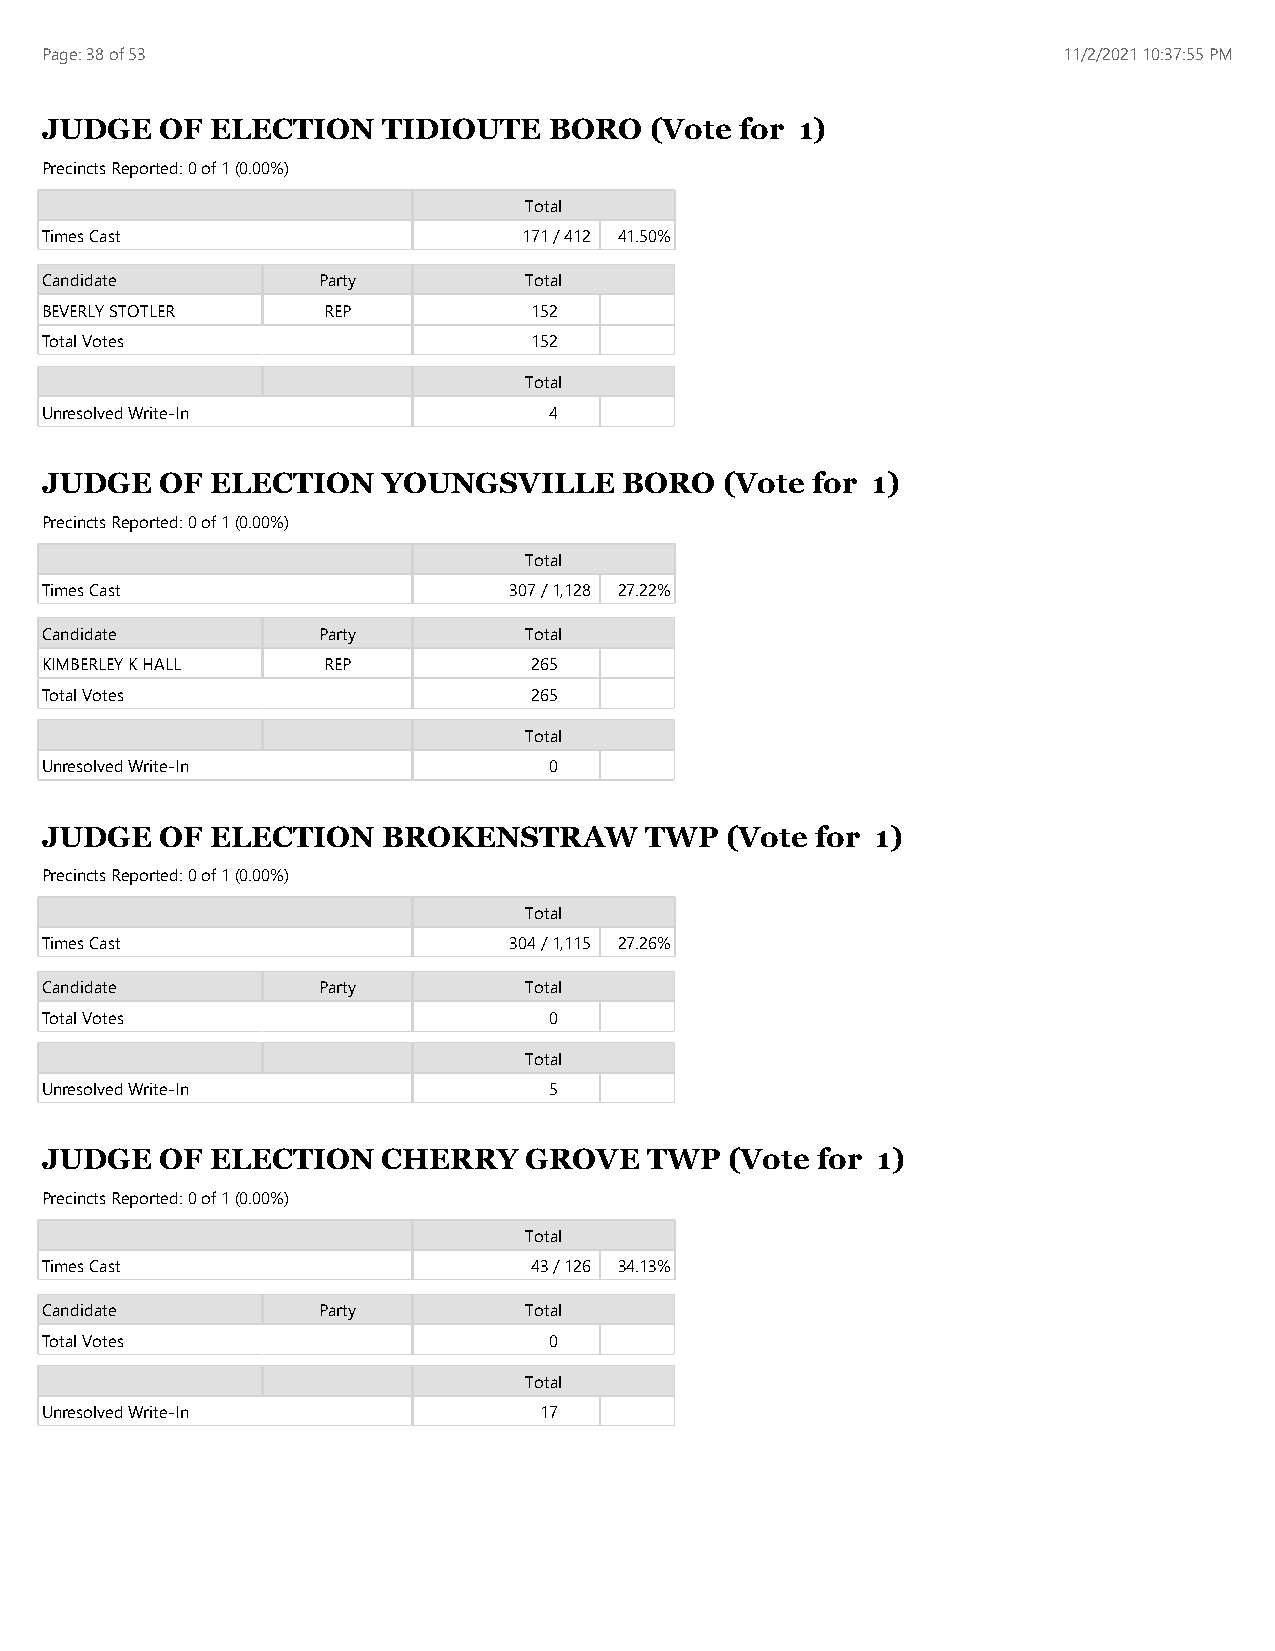
Page: 38 of 53                                                     11/2/2021 10:37:55 PM
 JUDGE   OF ELECTION   TIDIOUTE   BORO   (Vote for 1)
 Precincts Reported: 0 of 1 (0.00%)
 Total
 Times Cast                      171 / 412 41.50%
 Candidate         Party         Total
 BEVERLY STOTLER   REP           152
 Total Votes                     152
 Total
 Unresolved Write-In              4
 JUDGE   OF ELECTION   YOUNGSVILLE     BORO   (Vote for 1)
 Precincts Reported: 0 of 1 (0.00%)
 Total
 Times Cast                     307 / 1,128 27.22%
 Candidate         Party         Total
 KIMBERLEY K HALL  REP           265
 Total Votes                     265
 Total
 Unresolved Write-In              0
 JUDGE   OF ELECTION   BROKENSTRAW       TWP  (Vote for 1)
 Precincts Reported: 0 of 1 (0.00%)
 Total
 Times Cast                     304 / 1,115 27.26%
 Candidate         Party         Total
 Total Votes                      0
 Total
 Unresolved Write-In              5
 JUDGE   OF ELECTION   CHERRY    GROVE   TWP  (Vote for 1)
 Precincts Reported: 0 of 1 (0.00%)
 Total
 Times Cast                      43 / 126 34.13%
 Candidate         Party         Total
 Total Votes                      0
 Total
 Unresolved Write-In              17